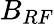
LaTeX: B_{RF}